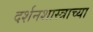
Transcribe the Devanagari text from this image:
दर्शनशास्त्राच्या